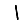
Digit: 1